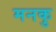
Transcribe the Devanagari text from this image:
मनकु